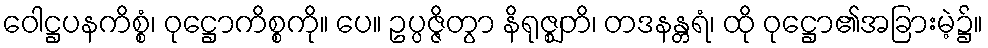
ဝေါဋ္ဌပနကိစ္စံ၊ ဝုဋ္ဌောကိစ္စကို။ ပေ။ ဥပ္ပဇ္ဇိတွာ နိရုဇ္ဈတိ၊ တဒနန္တရံ၊ ထို ဝုဋ္ဌော၏အခြားမဲ့၌။